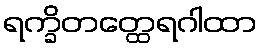
ရက္ခိတတ္ထေရဂါထာ